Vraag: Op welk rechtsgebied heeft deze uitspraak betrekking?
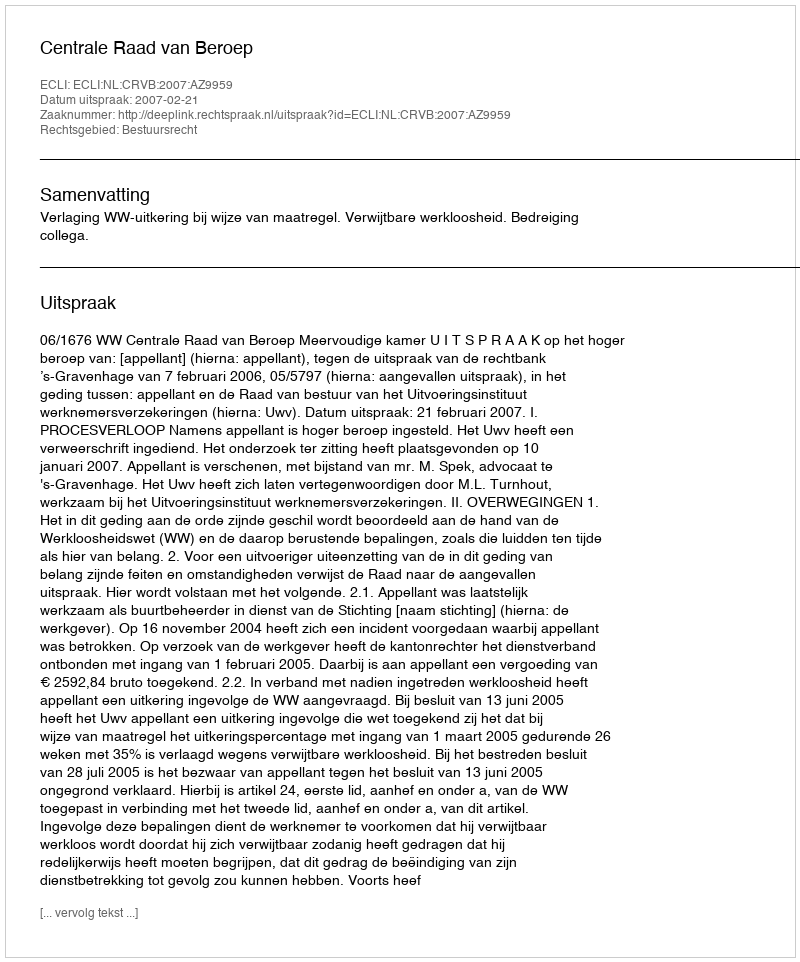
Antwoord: Bestuursrecht